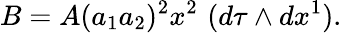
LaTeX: B=A(a_{1}a_{2})^{2}x^{2}\, \, (d\tau\wedge dx^{1}).